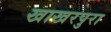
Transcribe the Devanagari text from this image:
खाखरपुरा